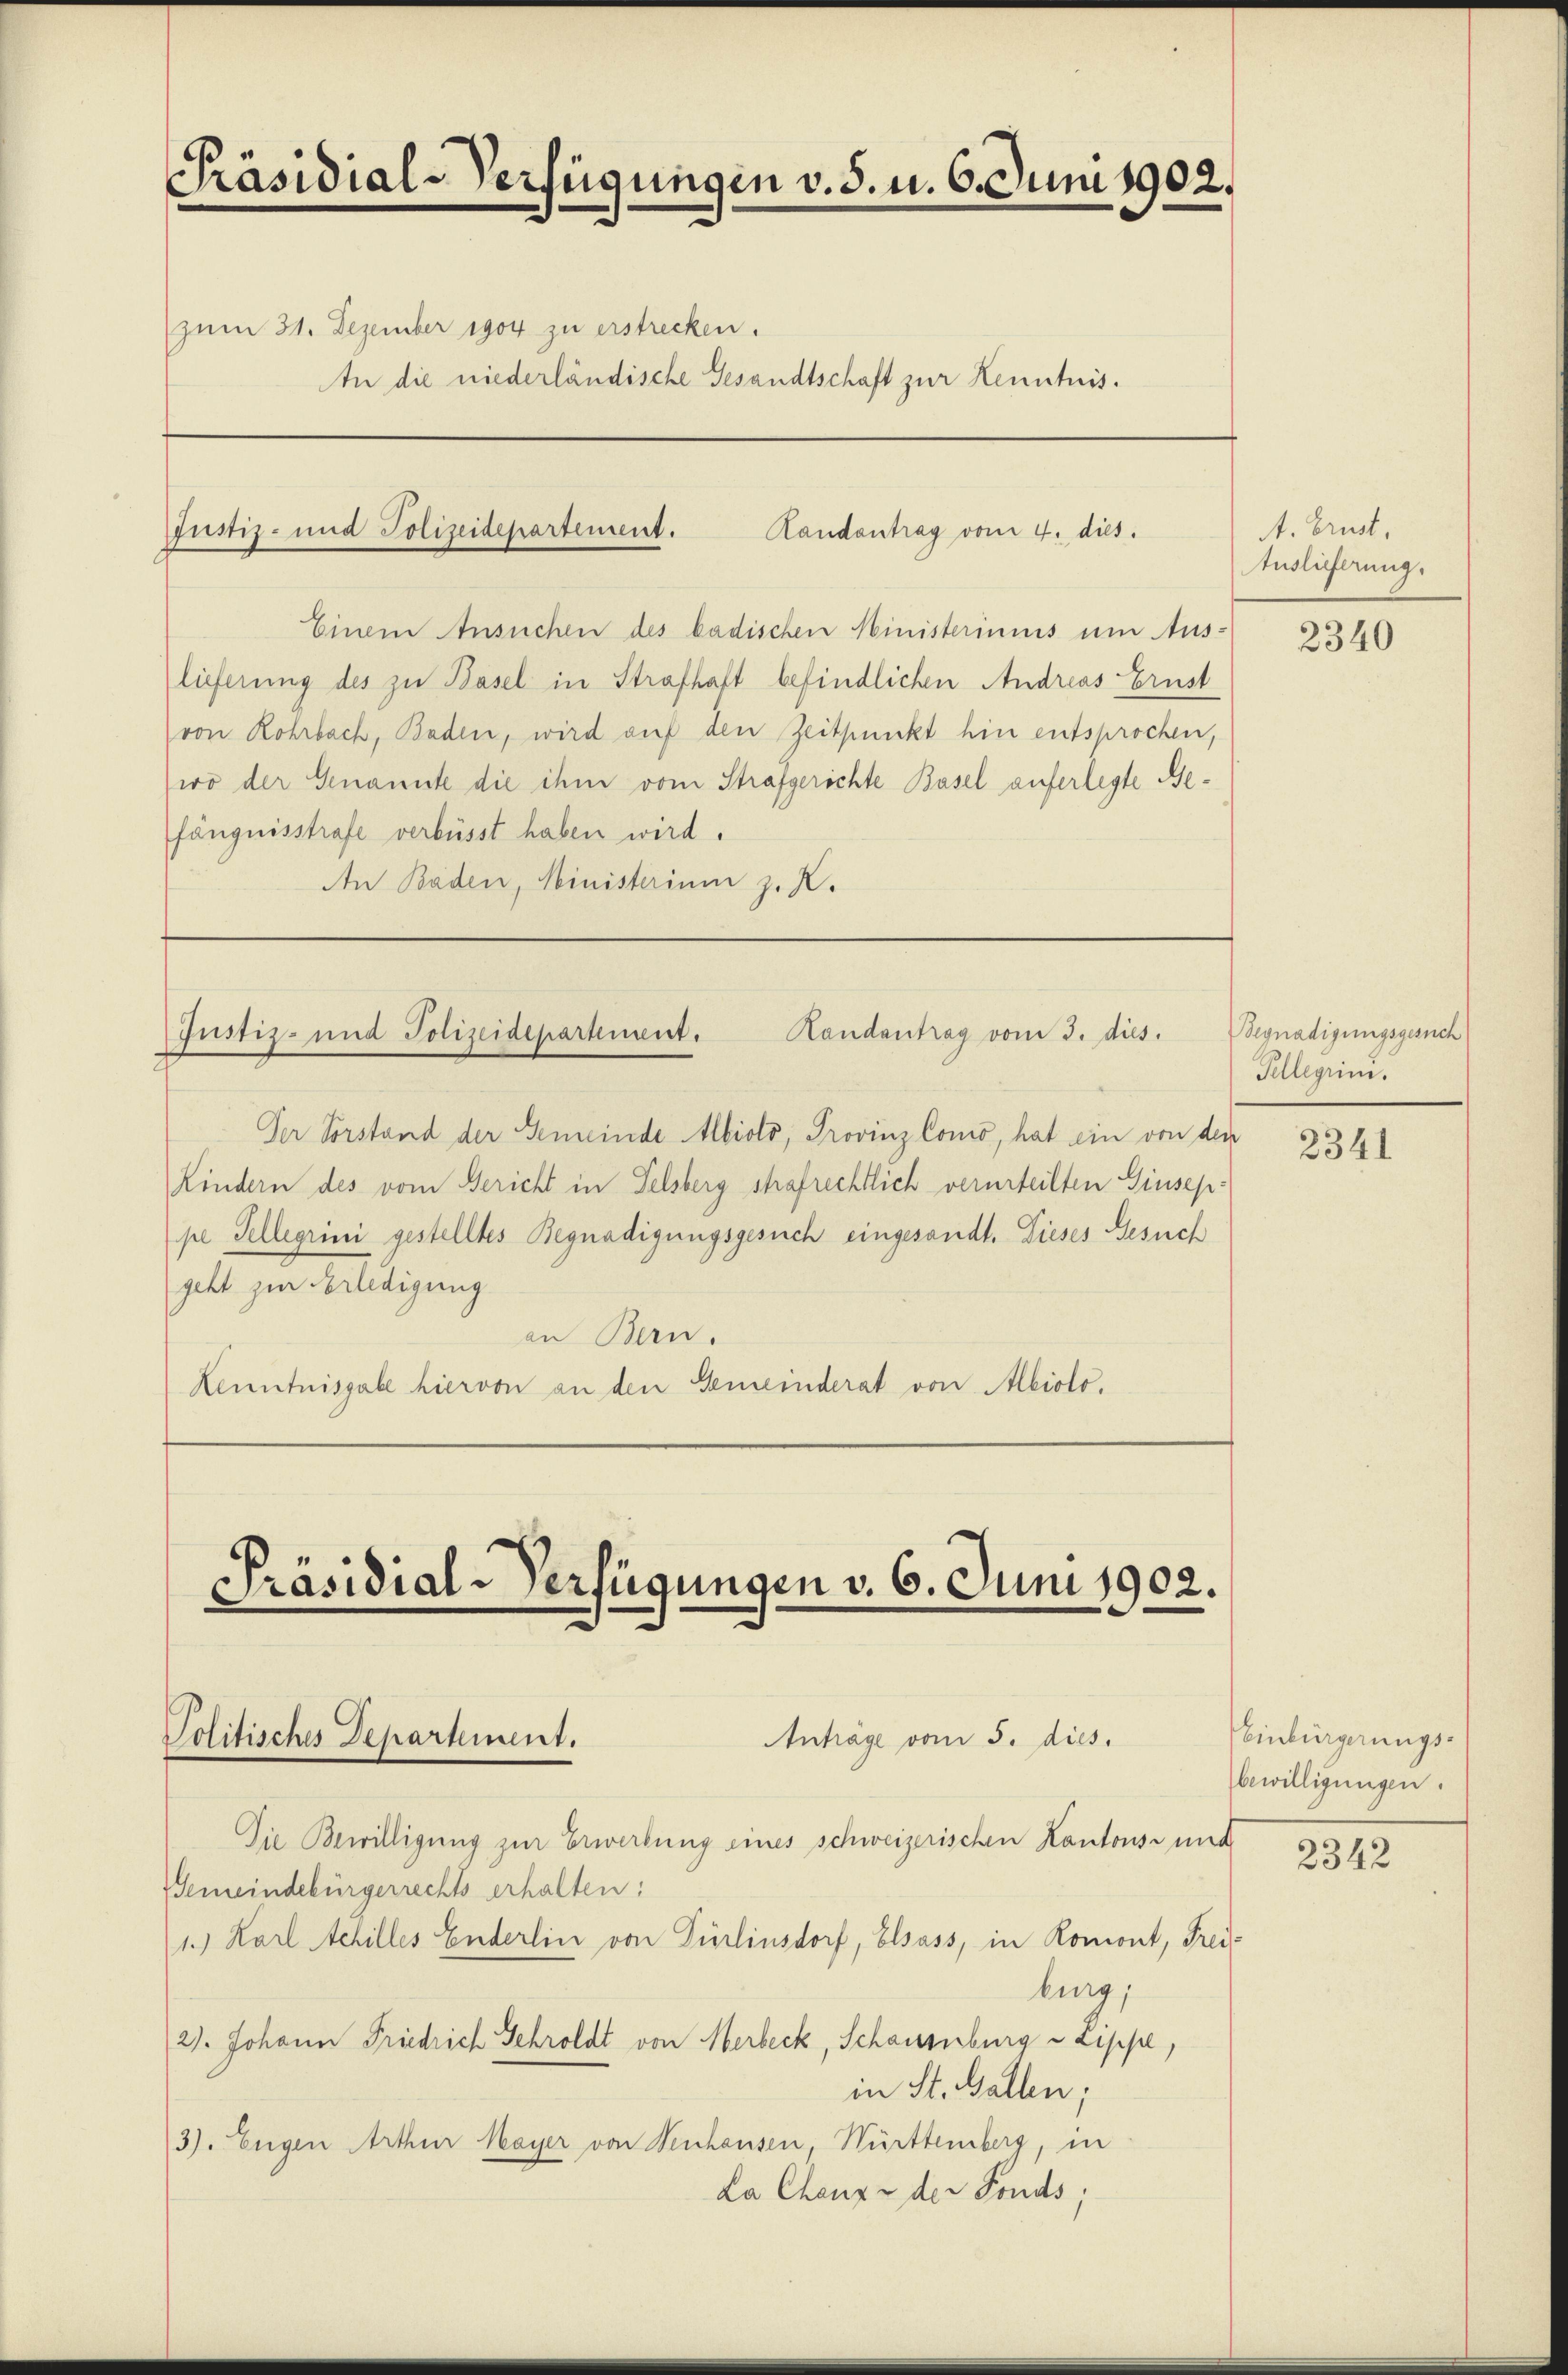
Präsidial-Verfügungen v. 5. u. 6. Juni 1902.
zum 31. Dezember 1904 zu erstrecken.
AAn die niederländische Gesandtschaft zur Kenntnis.

Randantrag vom 4. dies.
Justiz- und Polizeidepartement.

Einem Ansuchen des badischen Ministeriums um Aus-
lieferung des zu Basel in Strafhaft befindlichen Andreas Ernst
von Rohrbach, Baden, wird auf den Zeitpunkt hin entsprochen,
wo der Genannte die ihm vom Strafgerichte Basel auferlegte Befängnisstrafe verbüsst haben wird.
An Baden, Ministerium z. Z.

Landantrag vom 3. dies
Justiz- und Polizeidepartement.

Der Vorstand der Gemeinde Albioto, Provinz Como, hat ein von den
Kindern des vom Bericht in Felsberg strafrechtlich verurteilten Giuseppe Telligrini gestelltes Begnadigungsgesuch eingesandt. Dieses Gesuch
geht zur Erledigung
an Bern.
Kenntnisgabe hiervon an den Gemeinderat von Abiolo.

Präsidial-Verfügungen v. 6. Juni 1902.

Politisches Departement.

Die Bewilligung zur Erwerbung eines schweizerischen Kantons- und
Gemeindebürgerrechts erhalten:
1.) Karl Achilles Enderlin von Türlinsdorf, Elsass, in Romont, Frei-
burg,
21. Johann Friedrich Schroldt von Herbeck, Schauenburg u Lippe,
in St. Gallen;
3). Eugen Arthur Mayer von Venhausen, Württemberg, in
La Chenze der Fonds;

Anträge vom 5. dies.

A. Brust.
Auslieferung.

2340

Segnadigungsgesuch
Tellegiim.

2341

Veinbürgerungs-
bewilligungen.
2342